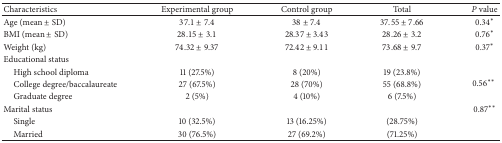
<table><thead><tr><td><b>Characteristics</b></td><td><b>Experimental group</b></td><td><b>Control group</b></td><td><b>Total</b></td><td><b><i>P</i> value</b></td></tr></thead><tbody><tr><td>Age (mean ± SD)</td><td>37.1 ± 7.4</td><td>38 ± 7.4</td><td>37.55 ± 7.66</td><td>0.34*</td></tr><tr><td>BMI (mean ± SD)</td><td>28.15 ± 3.1</td><td>28.37 ± 3.43</td><td>28.26 ± 3.2</td><td>0.76*</td></tr><tr><td>Weight (kg)</td><td>74.32 ± 9.37</td><td>72.42 ± 9.11</td><td>73.68 ± 9.7</td><td>0.37*</td></tr><tr><td>Educational status </td><td> </td><td> </td><td> </td><td> </td></tr><tr><td> High school diploma</td><td>11 (27.5%)</td><td>8 (20%)</td><td>19 (23.8%)</td><td rowspan="3">0.56**</td></tr><tr><td> College degree/baccalaureate</td><td>27 (67.5%)</td><td>28 (70%)</td><td>55 (68.8%)</td></tr><tr><td> Graduate degree</td><td>2 (5%)</td><td>4 (10%)</td><td>6 (7.5%)</td></tr><tr><td>Marital status </td><td> </td><td> </td><td> </td><td>0.87**</td></tr><tr><td> Single </td><td>10 (32.5%)</td><td>13 (16.25%)</td><td>(28.75%)</td><td> </td></tr><tr><td> Married</td><td>30 (76.5%)</td><td>27 (69.2%)</td><td>(71.25%)</td><td> </td></tr></tbody></table>